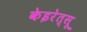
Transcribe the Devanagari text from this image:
केइरेत्सू